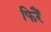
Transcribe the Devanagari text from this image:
फिरैं